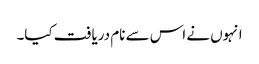
انہوں نے اس سے نام دریافت کیا۔